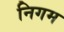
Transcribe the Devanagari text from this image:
निगम